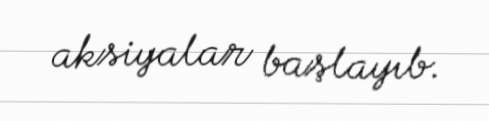
aksiyalar başlayıb.